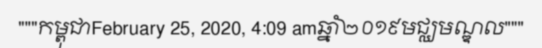
"""កម្ពុជាFebruary 25, 2020, 4:09 amឆ្នាំ២០១៩មជ្ឈមណ្ឌល"""